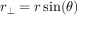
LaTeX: r _ { \perp } = r \sin ( \theta )